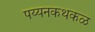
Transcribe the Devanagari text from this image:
पय्यनकथकळ